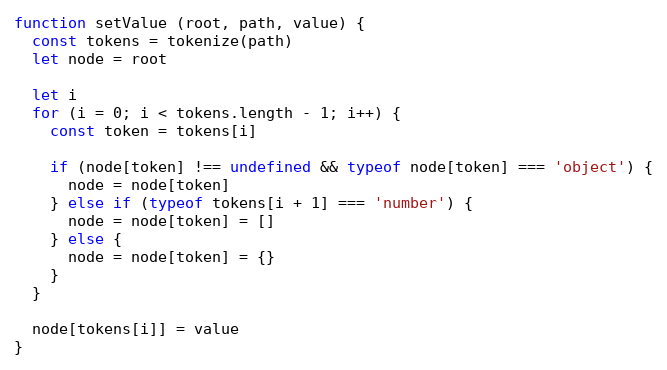
Language: JavaScript
function setValue (root, path, value) {
  const tokens = tokenize(path)
  let node = root

  let i
  for (i = 0; i < tokens.length - 1; i++) {
    const token = tokens[i]

    if (node[token] !== undefined && typeof node[token] === 'object') {
      node = node[token]
    } else if (typeof tokens[i + 1] === 'number') {
      node = node[token] = []
    } else {
      node = node[token] = {}
    }
  }

  node[tokens[i]] = value
}